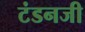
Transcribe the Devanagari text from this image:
टंडनजी